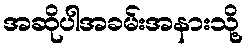
အဆိုပါအခမ်းအနားသို့